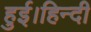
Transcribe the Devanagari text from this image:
हुई।हिन्दी